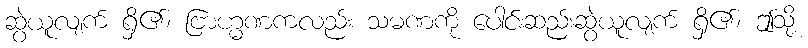
ဆွဲယူလျက် ရှိ၏၊ ဗြာဟ္မဏကလည်း သမဏကို ပေါင်းဆည်းဆွဲယူလျက် ရှိ၏၊ ဤသို့